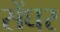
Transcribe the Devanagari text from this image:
सेंघर